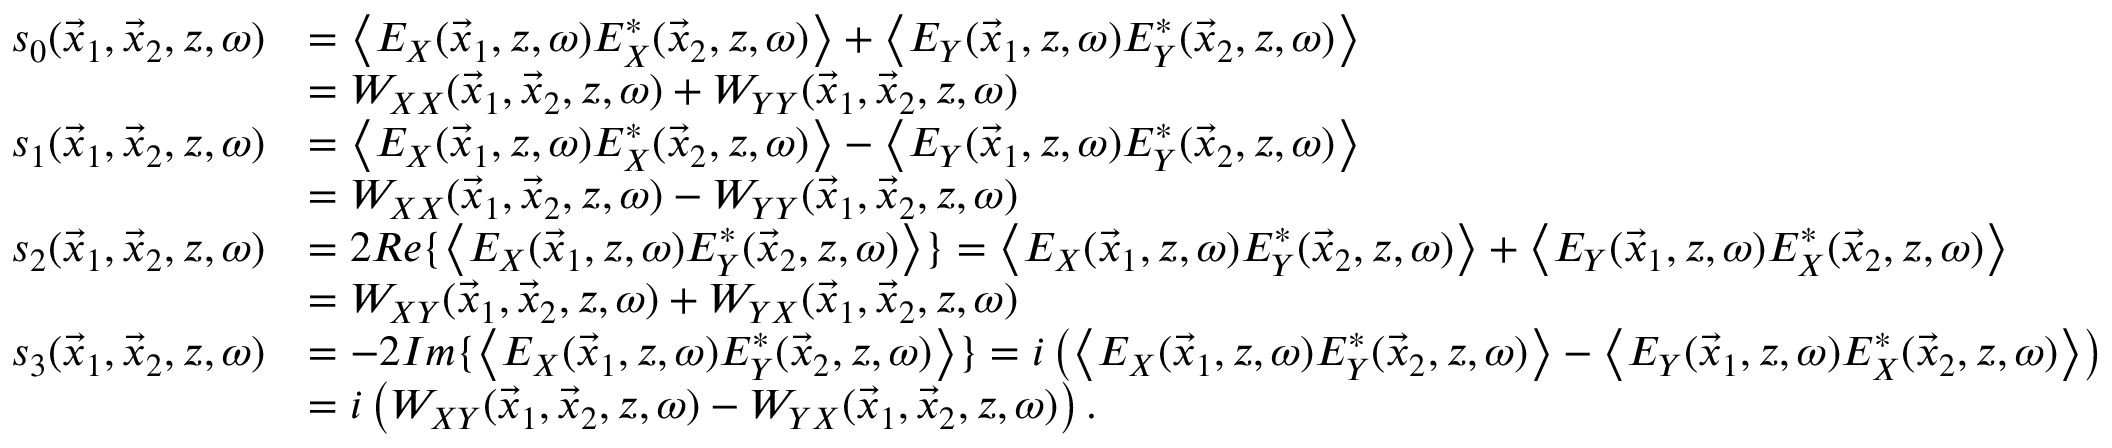
\begin{array} { r l } { s _ { 0 } ( \vec { x } _ { 1 } , \vec { x } _ { 2 } , z , \omega ) } & { = \left\langle E _ { X } ( \vec { x } _ { 1 } , z , \omega ) E _ { X } ^ { * } ( \vec { x } _ { 2 } , z , \omega ) \right\rangle + \left\langle E _ { Y } ( \vec { x } _ { 1 } , z , \omega ) E _ { Y } ^ { * } ( \vec { x } _ { 2 } , z , \omega ) \right\rangle } \\ & { = W _ { X X } ( \vec { x } _ { 1 } , \vec { x } _ { 2 } , z , \omega ) + W _ { Y Y } ( \vec { x } _ { 1 } , \vec { x } _ { 2 } , z , \omega ) } \\ { s _ { 1 } ( \vec { x } _ { 1 } , \vec { x } _ { 2 } , z , \omega ) } & { = \left\langle E _ { X } ( \vec { x } _ { 1 } , z , \omega ) E _ { X } ^ { * } ( \vec { x } _ { 2 } , z , \omega ) \right\rangle - \left\langle E _ { Y } ( \vec { x } _ { 1 } , z , \omega ) E _ { Y } ^ { * } ( \vec { x } _ { 2 } , z , \omega ) \right\rangle } \\ & { = W _ { X X } ( \vec { x } _ { 1 } , \vec { x } _ { 2 } , z , \omega ) - W _ { Y Y } ( \vec { x } _ { 1 } , \vec { x } _ { 2 } , z , \omega ) } \\ { s _ { 2 } ( \vec { x } _ { 1 } , \vec { x } _ { 2 } , z , \omega ) } & { = 2 R e \{ \left\langle E _ { X } ( \vec { x } _ { 1 } , z , \omega ) E _ { Y } ^ { * } ( \vec { x } _ { 2 } , z , \omega ) \right\rangle \} = \left\langle E _ { X } ( \vec { x } _ { 1 } , z , \omega ) E _ { Y } ^ { * } ( \vec { x } _ { 2 } , z , \omega ) \right\rangle + \left\langle E _ { Y } ( \vec { x } _ { 1 } , z , \omega ) E _ { X } ^ { * } ( \vec { x } _ { 2 } , z , \omega ) \right\rangle } \\ & { = W _ { X Y } ( \vec { x } _ { 1 } , \vec { x } _ { 2 } , z , \omega ) + W _ { Y X } ( \vec { x } _ { 1 } , \vec { x } _ { 2 } , z , \omega ) } \\ { s _ { 3 } ( \vec { x } _ { 1 } , \vec { x } _ { 2 } , z , \omega ) } & { = - 2 I m \{ \left\langle E _ { X } ( \vec { x } _ { 1 } , z , \omega ) E _ { Y } ^ { * } ( \vec { x } _ { 2 } , z , \omega ) \right\rangle \} = i \left( \left\langle E _ { X } ( \vec { x } _ { 1 } , z , \omega ) E _ { Y } ^ { * } ( \vec { x } _ { 2 } , z , \omega ) \right\rangle - \left\langle E _ { Y } ( \vec { x } _ { 1 } , z , \omega ) E _ { X } ^ { * } ( \vec { x } _ { 2 } , z , \omega ) \right\rangle \right) } \\ & { = i \left( W _ { X Y } ( \vec { x } _ { 1 } , \vec { x } _ { 2 } , z , \omega ) - W _ { Y X } ( \vec { x } _ { 1 } , \vec { x } _ { 2 } , z , \omega ) \right) . } \end{array}